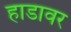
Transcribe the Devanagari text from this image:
हाडावर